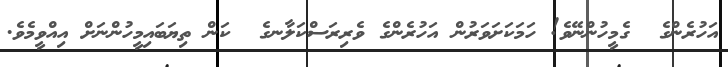
އަހުރެންގެ  ގެމީހުންނޭވެ! ހަމަކަށަވަރުން އަހުރެންގެ ވެރިރަސްކަލާނގެ  ކަން ތިޔަބައިމީހުންނަށް އިއްވީމެވެ.